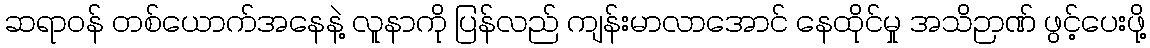
ဆရာဝန် တစ်ယောက်အနေနဲ့ လူနာကို ပြန်လည် ကျန်းမာလာအောင် နေထိုင်မှု အသိဉာဏ် ဖွင့်ပေးဖို့